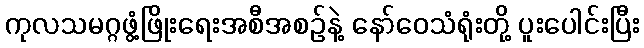
ကုလသမဂ္ဂဖွံ့ဖြိုးရေးအစီအစဉ်နဲ့ နော်ဝေသံရုံးတို့ ပူးပေါင်းပြီး